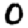
Digit: 0